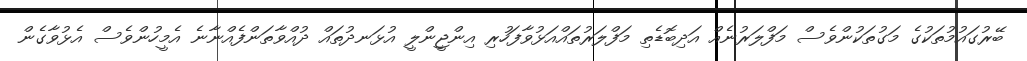
ބޭރުގައުމުތަކުގެ މަގުތަކުންވެސް މަފްލަރުނެއް އަދިބޮޑެތި މަފްލަރުތައްއަޅުވާފަހުރި އިންޖީންލީ އުޅަނދުތައް ދުއްވާތަންފެއްނާނެ އެމީހުންވެސް އެޅުވާގެން